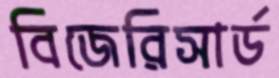
বিজেরিসার্ড